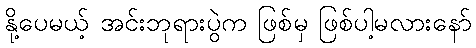
နို့ပေမယ့် အင်းဘုရားပွဲက ဖြစ်မှ ဖြစ်ပါ့မလားနော်